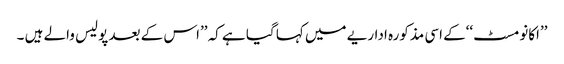
’’اکانومسٹ‘‘کے اسی مذکورہ اداریے میں کہا گیا ہے کہ ’’اس کے بعد پولیس والے ہیں ۔